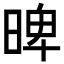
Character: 𣈢